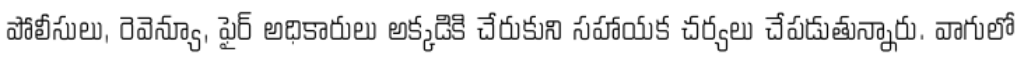
పోలీసులు, రెవెన్యూ, ఫైర్ అధికారులు అక్కడికి చేరుకుని సహాయక చర్యలు చేపడుతున్నారు. వాగులో